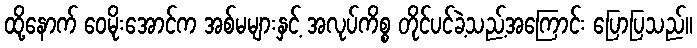
ထို့နောက် ဝေမိုးအောင်က အစ်မများနှင့် အလုပ်ကိစ္စ တိုင်ပင်ခဲ့သည့်အကြောင်း ပြောပြသည်။